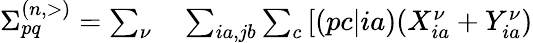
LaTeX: \begin{array}{rl}{\Sigma_{pq}^{(n,>)}=\sum_{\nu}}&{{}\sum_{ia,jb}\sum_{c}\left[(pc|ia)(X_{ia}^{\nu}+Y_{ia}^{\nu})\right.}\end{array}